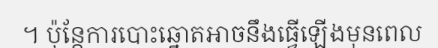
។ ប៉ុន្តែការបោះឆ្នោតអាចនឹងធ្វើឡើងមុនពេល